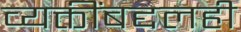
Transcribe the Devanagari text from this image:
व्यक्तींबद्दलही